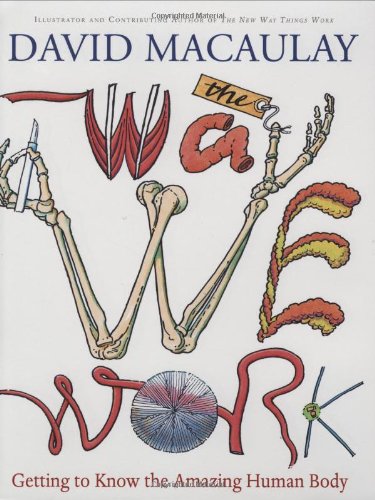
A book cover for The Way We Work: Getting to Know the Amazing Human Body; David Macaulay; Children's Books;